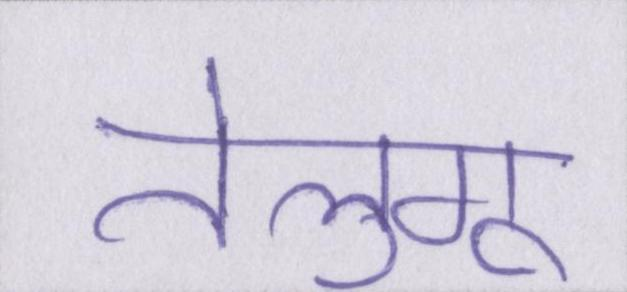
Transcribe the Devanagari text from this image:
तेलुगू